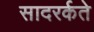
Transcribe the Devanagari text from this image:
सादरर्कते